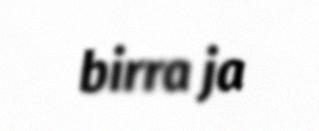
birra ja